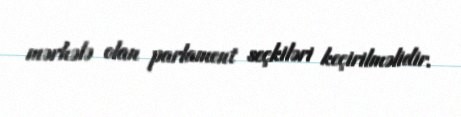
mərhələ olan parlament seçkiləri keçirilməlidir.